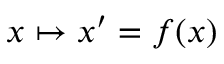
x \mapsto x ^ { \prime } = f ( x )